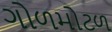
ગોળમોટળ